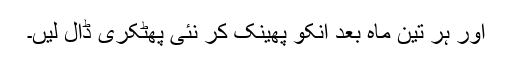
اور ہر تین ماہ بعد انکو پھینک کر نئی پھٹکری ڈال لیں۔